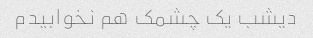
دیشب یک چشمک هم نخوابیدم